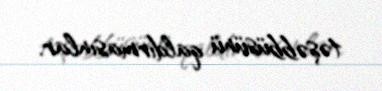
təşəbbüsünü qaldırmasınlar.